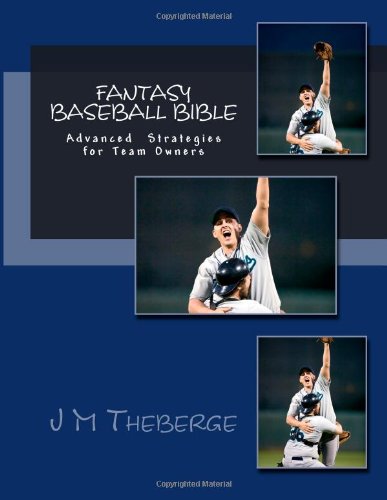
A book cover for Fantasy Baseball Bible: Advanced Techniques and Strategies; Mr J M Theberge; Humor & Entertainment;